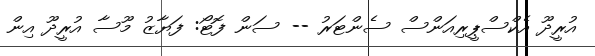
އުރީދޫ އެކްސްޕީރިއަންސް ސެންޓަރު -- ސަން ފޮޓޯ: ފަޔާޒު މޫސާ އުރީދޫ އިން